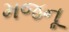
મજનૂ